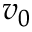
v _ { 0 }